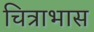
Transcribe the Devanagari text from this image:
चित्राभास